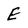
Character: E